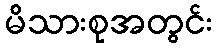
မိသားစုအတွင်း